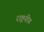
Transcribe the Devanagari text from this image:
राष्ट्रनीय